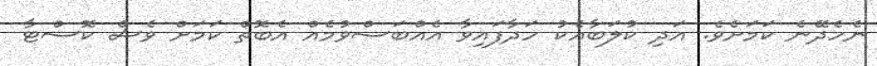
ނެހެދޭނެ ކަމަށެވެ. އަދި ކުލަބާއެކު ހަދާފައިވާ އެއްބަސްވުމެއް އެބޮތް ކަމަށް ވެސް ކޮސްޓާ